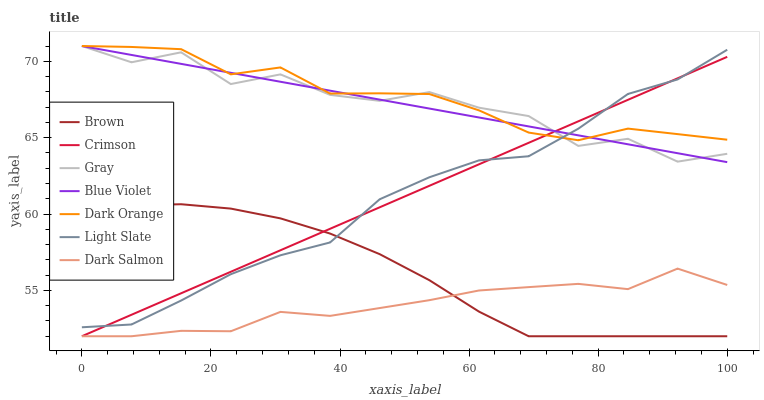
| xaxis_label | Brown | Crimson | Gray | Blue Violet | Dark Orange | Light Slate | Dark Salmon |
 | --- | --- | --- | --- | --- | --- | --- | --- |
 | 0 | 60.1 | 52 | 71 | 71 | 71 | 52.6 | 52 |
 | 7.69 | 60.6 | 53.4 | 69.9 | 70.4 | 70.9 | 52.8 | 52 |
 | 15.4 | 60.6 | 54.8 | 70.6 | 69.8 | 70.8 | 54.3 | 52.4 |
 | 23.1 | 60.4 | 56.2 | 68.5 | 69.2 | 69.1 | 56.1 | 52.3 |
 | 30.8 | 59.7 | 57.6 | 69.1 | 68.7 | 69.6 | 57.3 | 53.6 |
 | 38.5 | 58.7 | 59 | 67.8 | 68.1 | 67.9 | 58.1 | 53.3 |
 | 46.2 | 57.4 | 60.4 | 67.4 | 67.5 | 67.9 | 61 | 53.8 |
 | 53.8 | 55.7 | 61.8 | 68 | 66.9 | 67.9 | 62.4 | 54.4 |
 | 61.5 | 53.6 | 63.3 | 67 | 66.3 | 66.8 | 63.5 | 55 |
 | 69.2 | 52 | 64.7 | 66.4 | 65.7 | 65.3 | 63.8 | 55.2 |
 | 76.9 | 52 | 66.1 | 64.5 | 65.2 | 64.8 | 65.6 | 55.4 |
 | 84.6 | 52 | 67.5 | 64.9 | 64.6 | 65.6 | 67.9 | 55.1 |
 | 92.3 | 52 | 68.9 | 63.4 | 64 | 65.2 | 68.8 | 56.4 |
 | 100 | 52 | 70.3 | 63.9 | 63.4 | 64.9 | 70.8 | 55.4 |